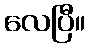
လေပြီ။